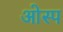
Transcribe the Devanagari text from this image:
ओस्प